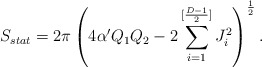
\begin{align*}S_{stat}=2\pi\left(4\alpha^{\prime}Q_1Q_2-2\sum_{i=1}^{[{{D-1}\over 2}]}J_i^2\right)^{1\over 2}.\end{align*}